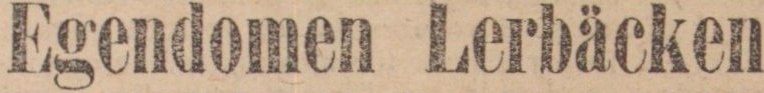
Egendomen Lerbäcken